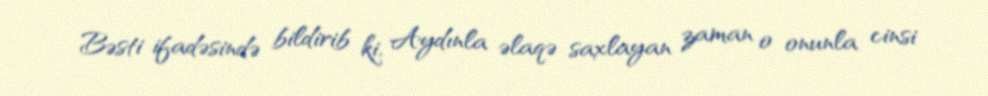
Bəsti ifadəsində bildirib ki, Aydınla əlaqə saxlayan zaman o onunla cinsi